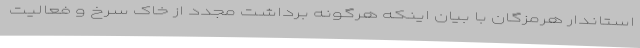
استاندار هرمزگان با بیان اینکه هرگونه برداشت مجدد از خاک سرخ و فعالیت